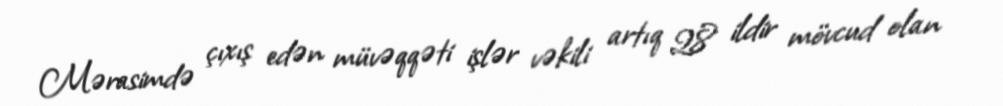
Mərasimdə çıxış edən müvəqqəti işlər vəkili artıq 28 ildir mövcud olan